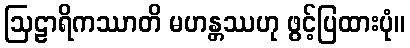
ဩဠာရိကဿာတိ မဟန္တဿဟု ဖွင့်ပြထားပုံ။